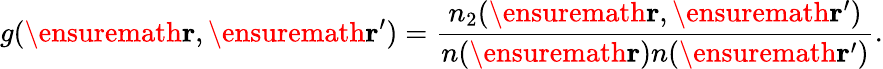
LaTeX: g(\ensuremath{\mathbf{r}},\ensuremath{\mathbf{r}}^{\prime})=\frac{n_{2}(\ensuremath{\mathbf{r}},\ensuremath{\mathbf{r}}^{\prime})}{n(\ensuremath{\mathbf{r}})n(\ensuremath{\mathbf{r}}^{\prime})}.